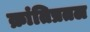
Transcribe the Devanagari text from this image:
क्रांतिप्रतल